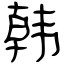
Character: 韩